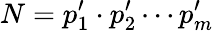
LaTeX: N=p_{1}^{\prime}\cdot p_{2}^{\prime}\cdots p_{m}^{\prime}